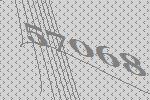
57068